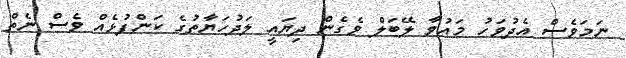
ނަމަވެސް އެދުވަހު މައުވާ ލޭބަލް ވެގެން ދިޔައީ ލަދުހަޔާތުގެ ކަންފުޅެއް ވެސް ނެތް